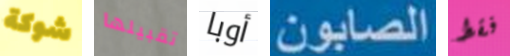
شوكة تقبيلها أوبا الصابون فقط